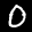
Label: 0